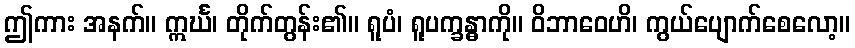
ဤကား အနက်။ ဣင်္ဃ၊ တိုက်တွန်း၏။ ရူပံ၊ ရူပက္ခန္ဓာကို။ ဝိဘာဝေဟိ၊ ကွယ်ပျောက်စေလော့။